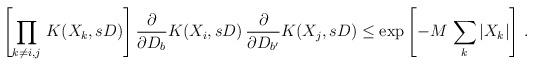
LaTeX: \begin{align*}\left. \left[ \prod_{k \neq i,j} \, K(X_{k},sD) \right] \frac{\partial}{\partial D_{b}} K(X_{i},sD) \, \frac{\partial}{\partial D_{b'}} K(X_{j},sD) \leq \exp{ \left[ - M \, \sum_{k} |X_{k}| \right] } \ . \right.\end{align*}